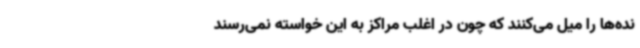
نده‌ها را میل می‌کنند که چون در اغلب مراکز به این خواسته نمی‌رسند